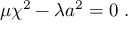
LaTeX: \mu \chi ^ { 2 } - \lambda a ^ { 2 } = 0 ~ .